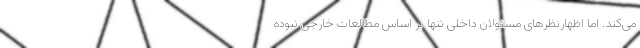
می‌کند. اما اظهارنظرهای مسئولان داخلی تنها بر اساس مطالعات خارجی نبوده